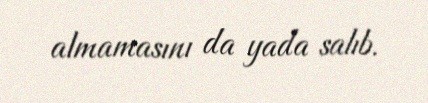
almamasını da yada salıb.